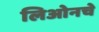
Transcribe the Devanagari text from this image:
लिओनचे